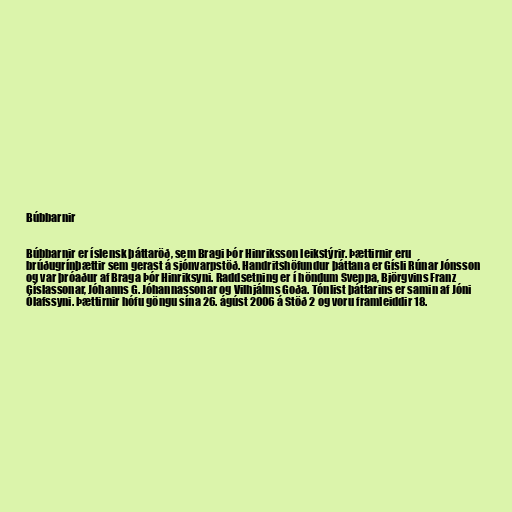
Búbbarnir

Búbbarnir er íslensk þáttaröð, sem Bragi Þór Hinriksson leikstýrir. Þættirnir eru
brúðugrínþættir sem gerast á sjónvarpstöð. Handritshöfundur þáttana er Gísli Rúnar Jónsson
og var þróaður af Braga Þór Hinriksyni. Raddsetning er í höndum Sveppa, Björgvins Franz
Gíslassonar, Jóhanns G. Jóhannassonar og Vilhjálms Goða. Tónlist þáttarins er samin af Jóni
Ólafssyni. Þættirnir hófu göngu sína 26. ágúst 2006 á Stöð 2 og voru framleiddir 18.